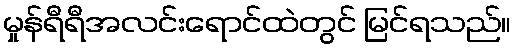
မှုန်ရီရီအလင်းရောင်ထဲတွင် မြင်ရသည်။